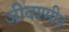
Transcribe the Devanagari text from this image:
जीवश्मीय